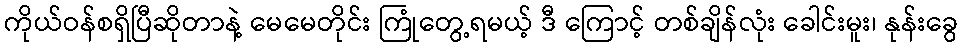
ကိုယ်ဝန်စရှိပြီဆိုတာနဲ့ မေမေတိုင်း ကြုံတွေ့ရမယ့် ဒီ ကြောင့် တစ်ချိန်လုံး ခေါင်းမူး၊ နုန်းခွေ